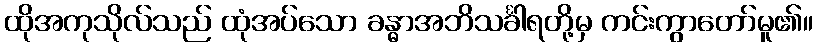
ထိုအကုသိုလ်သည် ထုံအပ်သော ခန္ဓာအဘိသင်္ခါရတို့မှ ကင်းကွာတော်မူ၏။